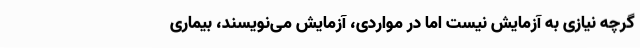
گرچه نیازی به آزمایش نیست اما در مواردی، آزمایش می‌نویسند، بیماری